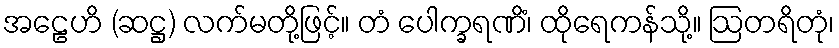
အဠေဟိ (ဆဋ္ဌ) လက်မတို့ဖြင့်။ တံ ပေါက္ခရဏိံ၊ ထိုရေကန်သို့။ ဩတရိတုံ၊